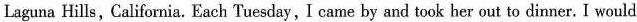
Laguna Hills, California. Each Tuesday, I came by and took her out to dinner. I would